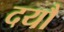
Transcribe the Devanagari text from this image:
दयौ